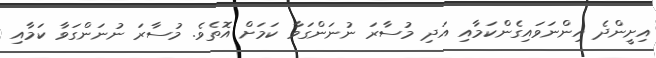
އިށީންދެ އިންނަވައިގެންކަމާއި އަދި މުސާރަ ނުނަންގަވާ ކަމަށް އޮތެވެ. މުސާރަ ނުނަންގަވާ ކަމާއި